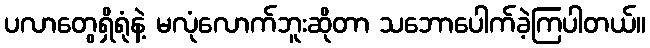
ပလာတွေရှိရုံနဲ့ မလုံလောက်ဘူးဆိုတာ သဘောပေါက်ခဲ့ကြပါတယ်။